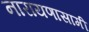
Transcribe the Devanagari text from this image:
नारायणासामी